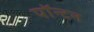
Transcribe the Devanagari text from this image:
पॉन्टन